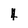
Character: 4